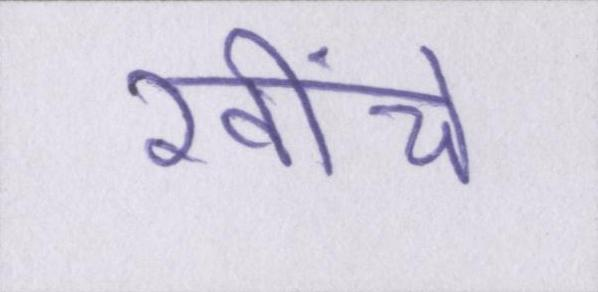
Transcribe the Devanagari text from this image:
खींचे